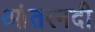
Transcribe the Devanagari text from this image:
आंतरनदी